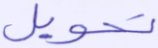
تحويل